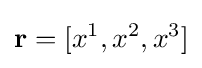
\mathbf {r} =[x^{1},x^{2},x^{3}]